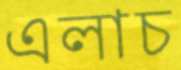
এলাচ